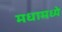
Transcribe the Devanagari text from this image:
मधामध्ये